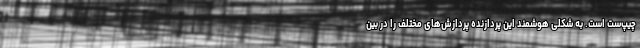
چیپ‌ست است. به شکلی هوشمند این پردازنده پردازش‌های مختلف را در بین